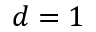
d = 1